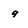
Character: q